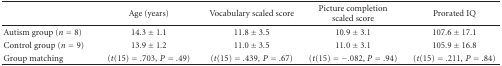
<table><thead><tr><td></td><td><b>Age (years)</b></td><td><b>Vocabulary scaled score</b></td><td><b>Picture completion scaled score</b></td><td><b>Prorated IQ</b></td></tr></thead><tbody><tr><td>Autism group (<i>n</i> = 8)</td><td>14.3 ± 1.1</td><td>11.8 ± 3.5</td><td>10.9 ± 3.1</td><td>107.6 ± 17.1</td></tr><tr><td>Control group (<i>n</i> = 9)</td><td>13.9 ± 1.2</td><td>11.0 ± 3.5</td><td>11.0 ± 3.1</td><td>105.9 ± 16.8</td></tr><tr><td>Group matching</td><td>(<i>t</i>(15) = .703,<i>P</i> = .49)</td><td>(<i>t</i>(15) = .439,<i>P</i> = .67)</td><td>(<i>t</i>(15) = −.082, <i>P</i> = .94)</td><td>(<i>t</i>(15) = .211,<i>P</i> = .84)</td></tr></tbody></table>